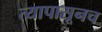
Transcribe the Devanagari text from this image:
त्यापासूनच